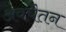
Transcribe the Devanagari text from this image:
अवचैतन